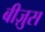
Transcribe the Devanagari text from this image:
बीज़ुस